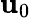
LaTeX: \mathbf{u}_{0}